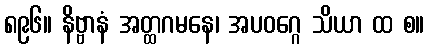
၈၉၆။ နိဗ္ဗာနံ အတ္ထဂမနေ၊ အပဝဂ္ဂေ သိယာ ထ စ။